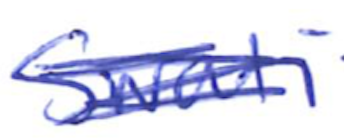
Text: Swati
Cross-out: scratch
Writing tool: ballpoint